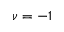
\nu = - 1